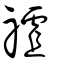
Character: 𥛜